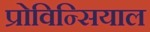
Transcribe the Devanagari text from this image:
प्रोविन्सियाल